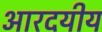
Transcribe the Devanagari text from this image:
आरदयीय